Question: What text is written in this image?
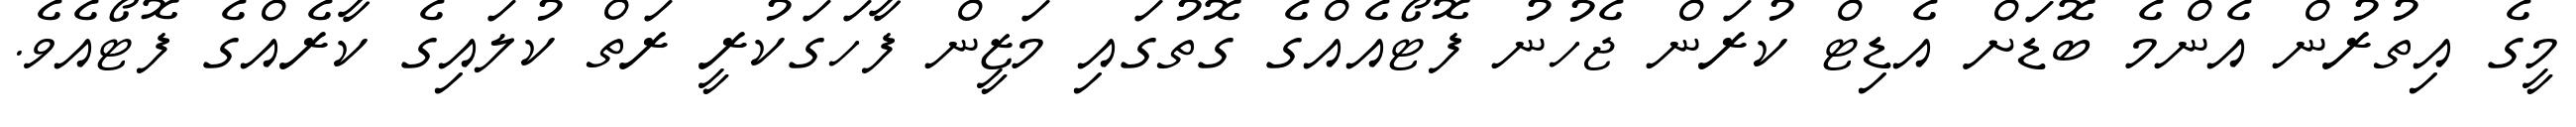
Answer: މީގެ އިތުރުން އެންމެ ބޮޑަށް އެޑިޓް ކުރަން ޖެހުނު ފޮޓޯއެއްގެ ގޮތުގައި މަޒީން ފާހަގަކުރީ ރަތް ކުލައިގެ ކާރެއްގެ ފޮޓޯއެވެ.